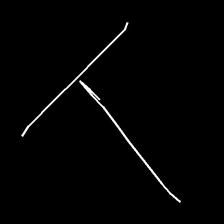
Glyph: column